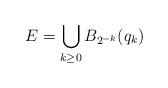
LaTeX: \begin{align*}E = \bigcup_{k\geq 0}B_{2^{-k}}(q_k)\end{align*}